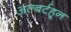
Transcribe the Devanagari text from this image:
अल्बर्टहून